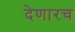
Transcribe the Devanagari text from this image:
देणारच